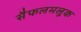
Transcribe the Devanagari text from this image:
सैफलमलूक